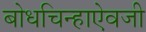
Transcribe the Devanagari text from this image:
बोधचिन्हाऐवजी